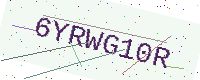
Text: 6YRWG10R